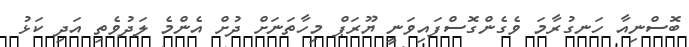
ބޮސްނިއާ ހަނގުރާމަ ވެގެންގޮސްފައިވަނީ ޔޫރަޕް މިހާތަނަށް ދުށް އެންމެ ލަދުވެތި އަދި ކަޅު